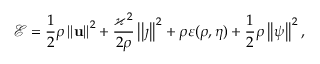
\mathcal { E } = \frac { 1 } { 2 } \rho \left\vert \left\vert \mathbf { u } \right\vert \right\vert ^ { 2 } + \frac { \varkappa ^ { 2 } } { 2 \rho } \left\vert \left\vert \j \right\vert \right\vert ^ { 2 } + \rho \varepsilon ( \rho , \eta ) + \frac { 1 } { 2 } \rho \left\vert \left\vert \boldsymbol { \psi } \right\vert \right\vert ^ { 2 } ,